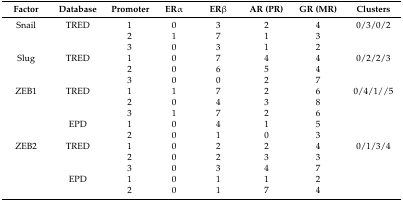
| Factor | Database | Promoter | ERα | ERβ | AR (PR) | GR (MR) | Clusters |
 | --- | --- | --- | --- | --- | --- | --- | --- |
 | Snail | TRED | 1 | 0 | 3 | 2 | 4 | 0/3/0/2 |
 |  |  | 2 | 1 | 7 | 1 | 3 |  |
 |  |  | 3 | 0 | 3 | 1 | 2 |  |
 | Slug | TRED | 1 | 0 | 7 | 4 | 4 | 0/2/2/3 |
 |  |  | 2 | 0 | 6 | 5 | 4 |  |
 |  |  | 3 | 0 | 0 | 2 | 7 |  |
 | ZEB1 | TRED | 1 | 1 | 7 | 2 | 6 | 0/4/1//5 |
 |  |  | 2 | 0 | 4 | 3 | 8 |  |
 |  |  | 3 | 1 | 7 | 2 | 6 |  |
 |  | EPD | 1 | 0 | 4 | 1 | 5 |  |
 |  |  | 2 | 0 | 1 | 0 | 3 |  |
 | ZEB2 | TRED | 1 | 0 | 2 | 2 | 4 | 0/1/3/4 |
 |  |  | 2 | 0 | 2 | 3 | 3 |  |
 |  |  | 3 | 0 | 3 | 4 | 7 |  |
 |  | EPD | 1 | 0 | 1 | 1 | 2 |  |
 |  |  | 2 | 0 | 1 | 7 | 4 |  |